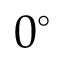
0 ^ { \circ }